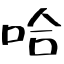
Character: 哈